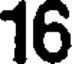
16